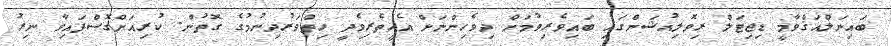
ބައިނަލްއަޤްވާމީ ޑިޖިޓަލް ރިވޮލިއުޝަންގައި ބައިވެރިވުމަށް ދިވެހިންނަށް އެހީތެރިވެދީ ހިތްވަރުދިނުމުގެ ގޮތުން. ކުރިއަށްގޮސްފައިވާ ނިރު